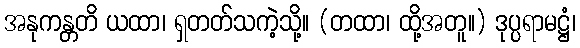
အနုကန္တတိ ယထာ၊ ရှတတ်သကဲ့သို့။ (တထာ၊ ထို့အတူ။) ဒုပ္ပရာမဋ္ဌံ၊